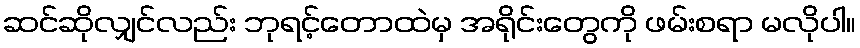
ဆင်ဆိုလျှင်လည်း ဘုရင့်တောထဲမှ အရိုင်းတွေကို ဖမ်းစရာ မလိုပါ။